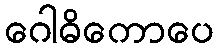
ဂေါဓိကောပေ